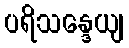
ပရိသန္ဒေယျ